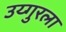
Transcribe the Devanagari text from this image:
उय्गुरला